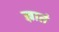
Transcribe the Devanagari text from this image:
ज्ञातं